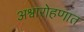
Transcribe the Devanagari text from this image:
अश्वारोहणात